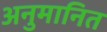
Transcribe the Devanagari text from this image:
अनुमानित